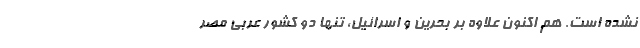
نشده است. هم اکنون علاوه بر بحرین و اسرائیل، تنها دو کشور عربی مصر